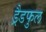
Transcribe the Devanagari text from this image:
ड्रैडफुल